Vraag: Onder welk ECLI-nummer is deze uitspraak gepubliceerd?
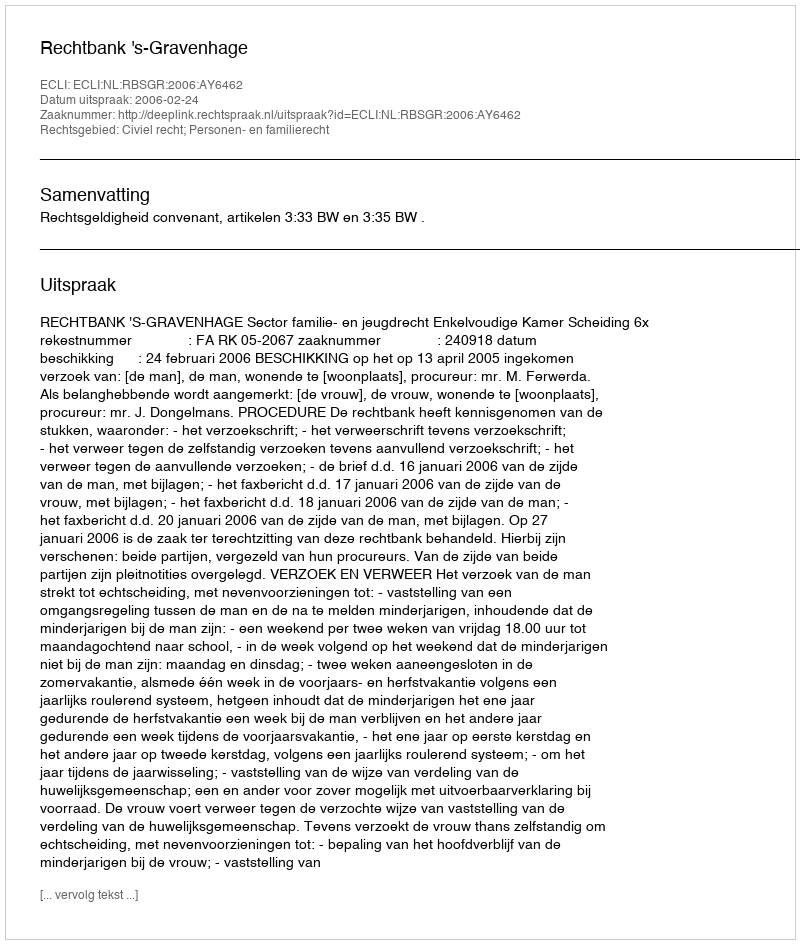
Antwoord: ECLI:NL:RBSGR:2006:AY6462